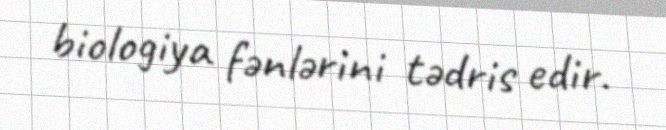
biologiya fənlərini tədris edir.